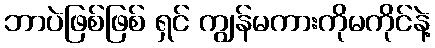
ဘာပဲဖြစ်ဖြစ် ရှင် ကျွန်မကားကိုမကိုင်နဲ့